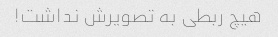
هیچ ربطی به تصویرش نداشت!